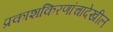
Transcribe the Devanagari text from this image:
प्रकाशकिरणांचादेखील